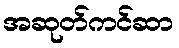
အဆုတ်ကင်ဆာ